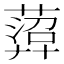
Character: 𦻟